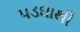
પડઘાથી